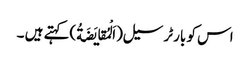
اس کو بارٹر سیل(اَلْمُقایَضَةُ)کہتے ہیں ۔